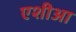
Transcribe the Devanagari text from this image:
एशीआ